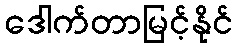
ဒေါက်တာမြင့်နိုင်